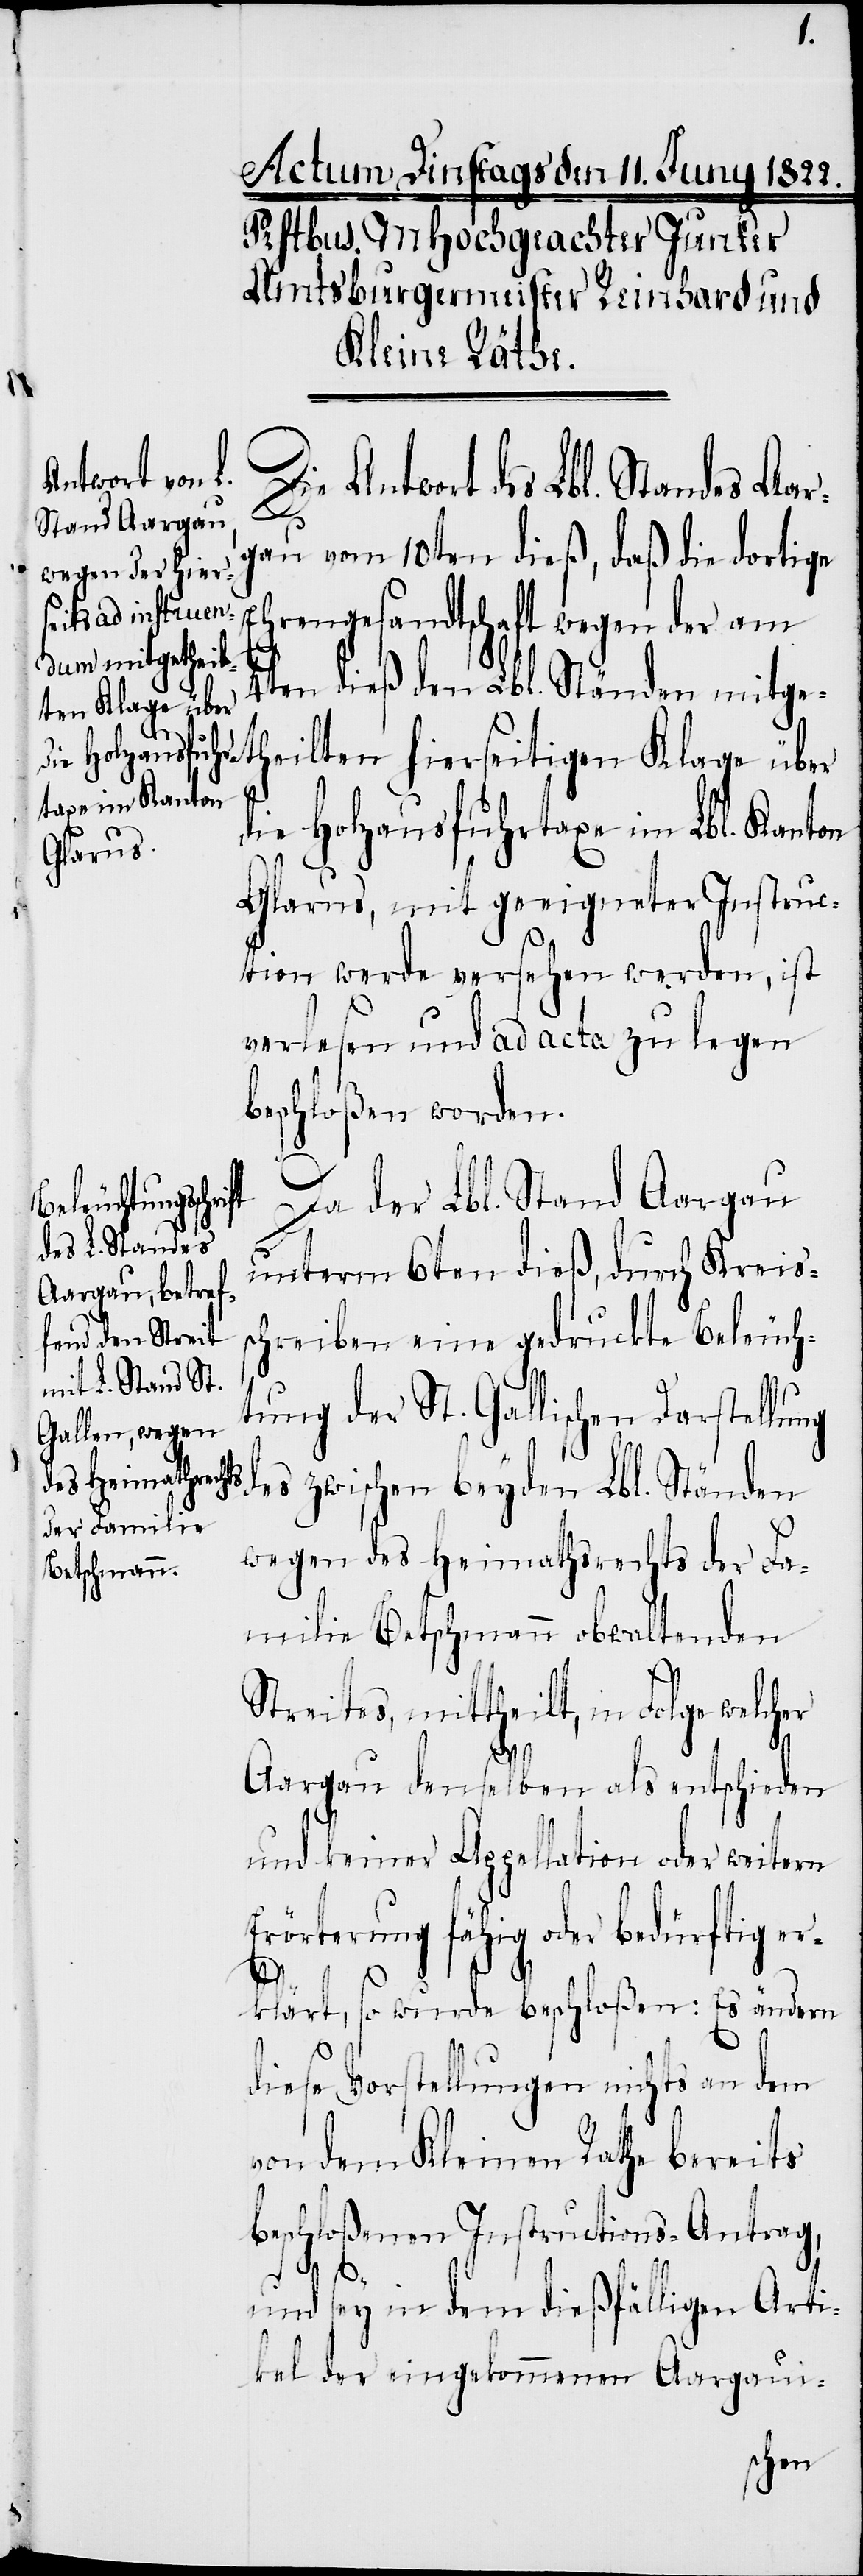
Die Antwort des Lbl. Standes Aar¬
gau vom 10ten dieß, daß die dortige
Ehrengesandtschaft wegen der am
4ten dieß den Lbl. Ständen mitg¬
etheilten hierseitigen Klage über
die Holzausfuhrtaxe im Lbl. Kanton
Glarus, mit geeigneter Instruc¬
tion werde versehen werden, ist
verlesen und ad acta zu legen
beschloßen worden.
Da der Lbl. Stand Aargau
unterm 6. dieß, durch Kreiss¬
chreiben eine gedruckte Beleuch¬
tung der St. Gallischen Darstellung
des zwischen beyden Lbl. Ständen
wegen des Heimathsrechts der Fa¬
milie Betschmann obwaltenden
Streites, mittheilt, in Folge welcher
Aargau denselben als entschieden
und keiner Appellation oder weitern
Erörterung fähig oder bedürftig er¬
klärt, so wurde beschloßen: Es ändern
diese Vorstellungen nichts an dem
von dem Kleinen Rathe bereits
beschloßenen Instructions-Antrag,
und sey in dem dießfälligen Arti¬
kel der eingekommenen Aargaui-